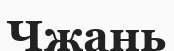
Чжань